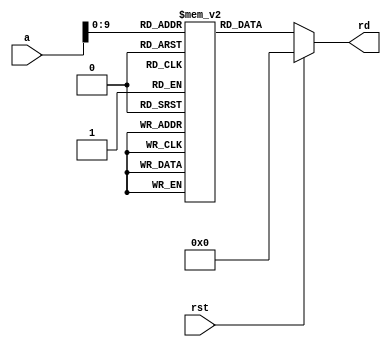
`timescale 1ns / 1ps
//////////////////////////////////////////////////////////////////////////////////
// Company: 
// Engineer: 
// 
// Design Name: 
// Module Name: instr_mem
// Project Name: 
// Target Devices: 
// Tool Versions: 
// Description: 
// 
// Dependencies: 
// 
// Revision:
// Revision 0.01 - File Created
// Additional Comments:
// 
//////////////////////////////////////////////////////////////////////////////////


module instr_mem(
input wire rst,
input wire [31:0] a,
output wire [31:0] rd
    );
    reg [31:0] register [1023:0];
    assign rd = (rst) ? 0 : register[a];
    
endmodule